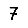
Digit: 7